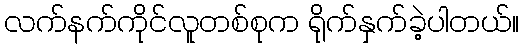
လက်နက်ကိုင်လူတစ်စုက ရိုက်နှက်ခဲ့ပါတယ်။